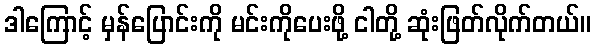
ဒါကြောင့် မှန်ပြောင်းကို မင်းကိုပေးဖို့ ငါတို့ ဆုံးဖြတ်လိုက်တယ်။